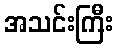
အသင်းကြီး